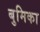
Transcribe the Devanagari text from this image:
बुमिका